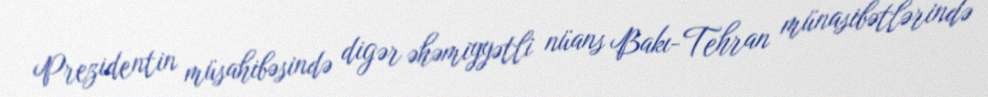
Prezidentin müsahibəsində digər əhəmiyyətli nüans Bakı-Tehran münasibətlərində